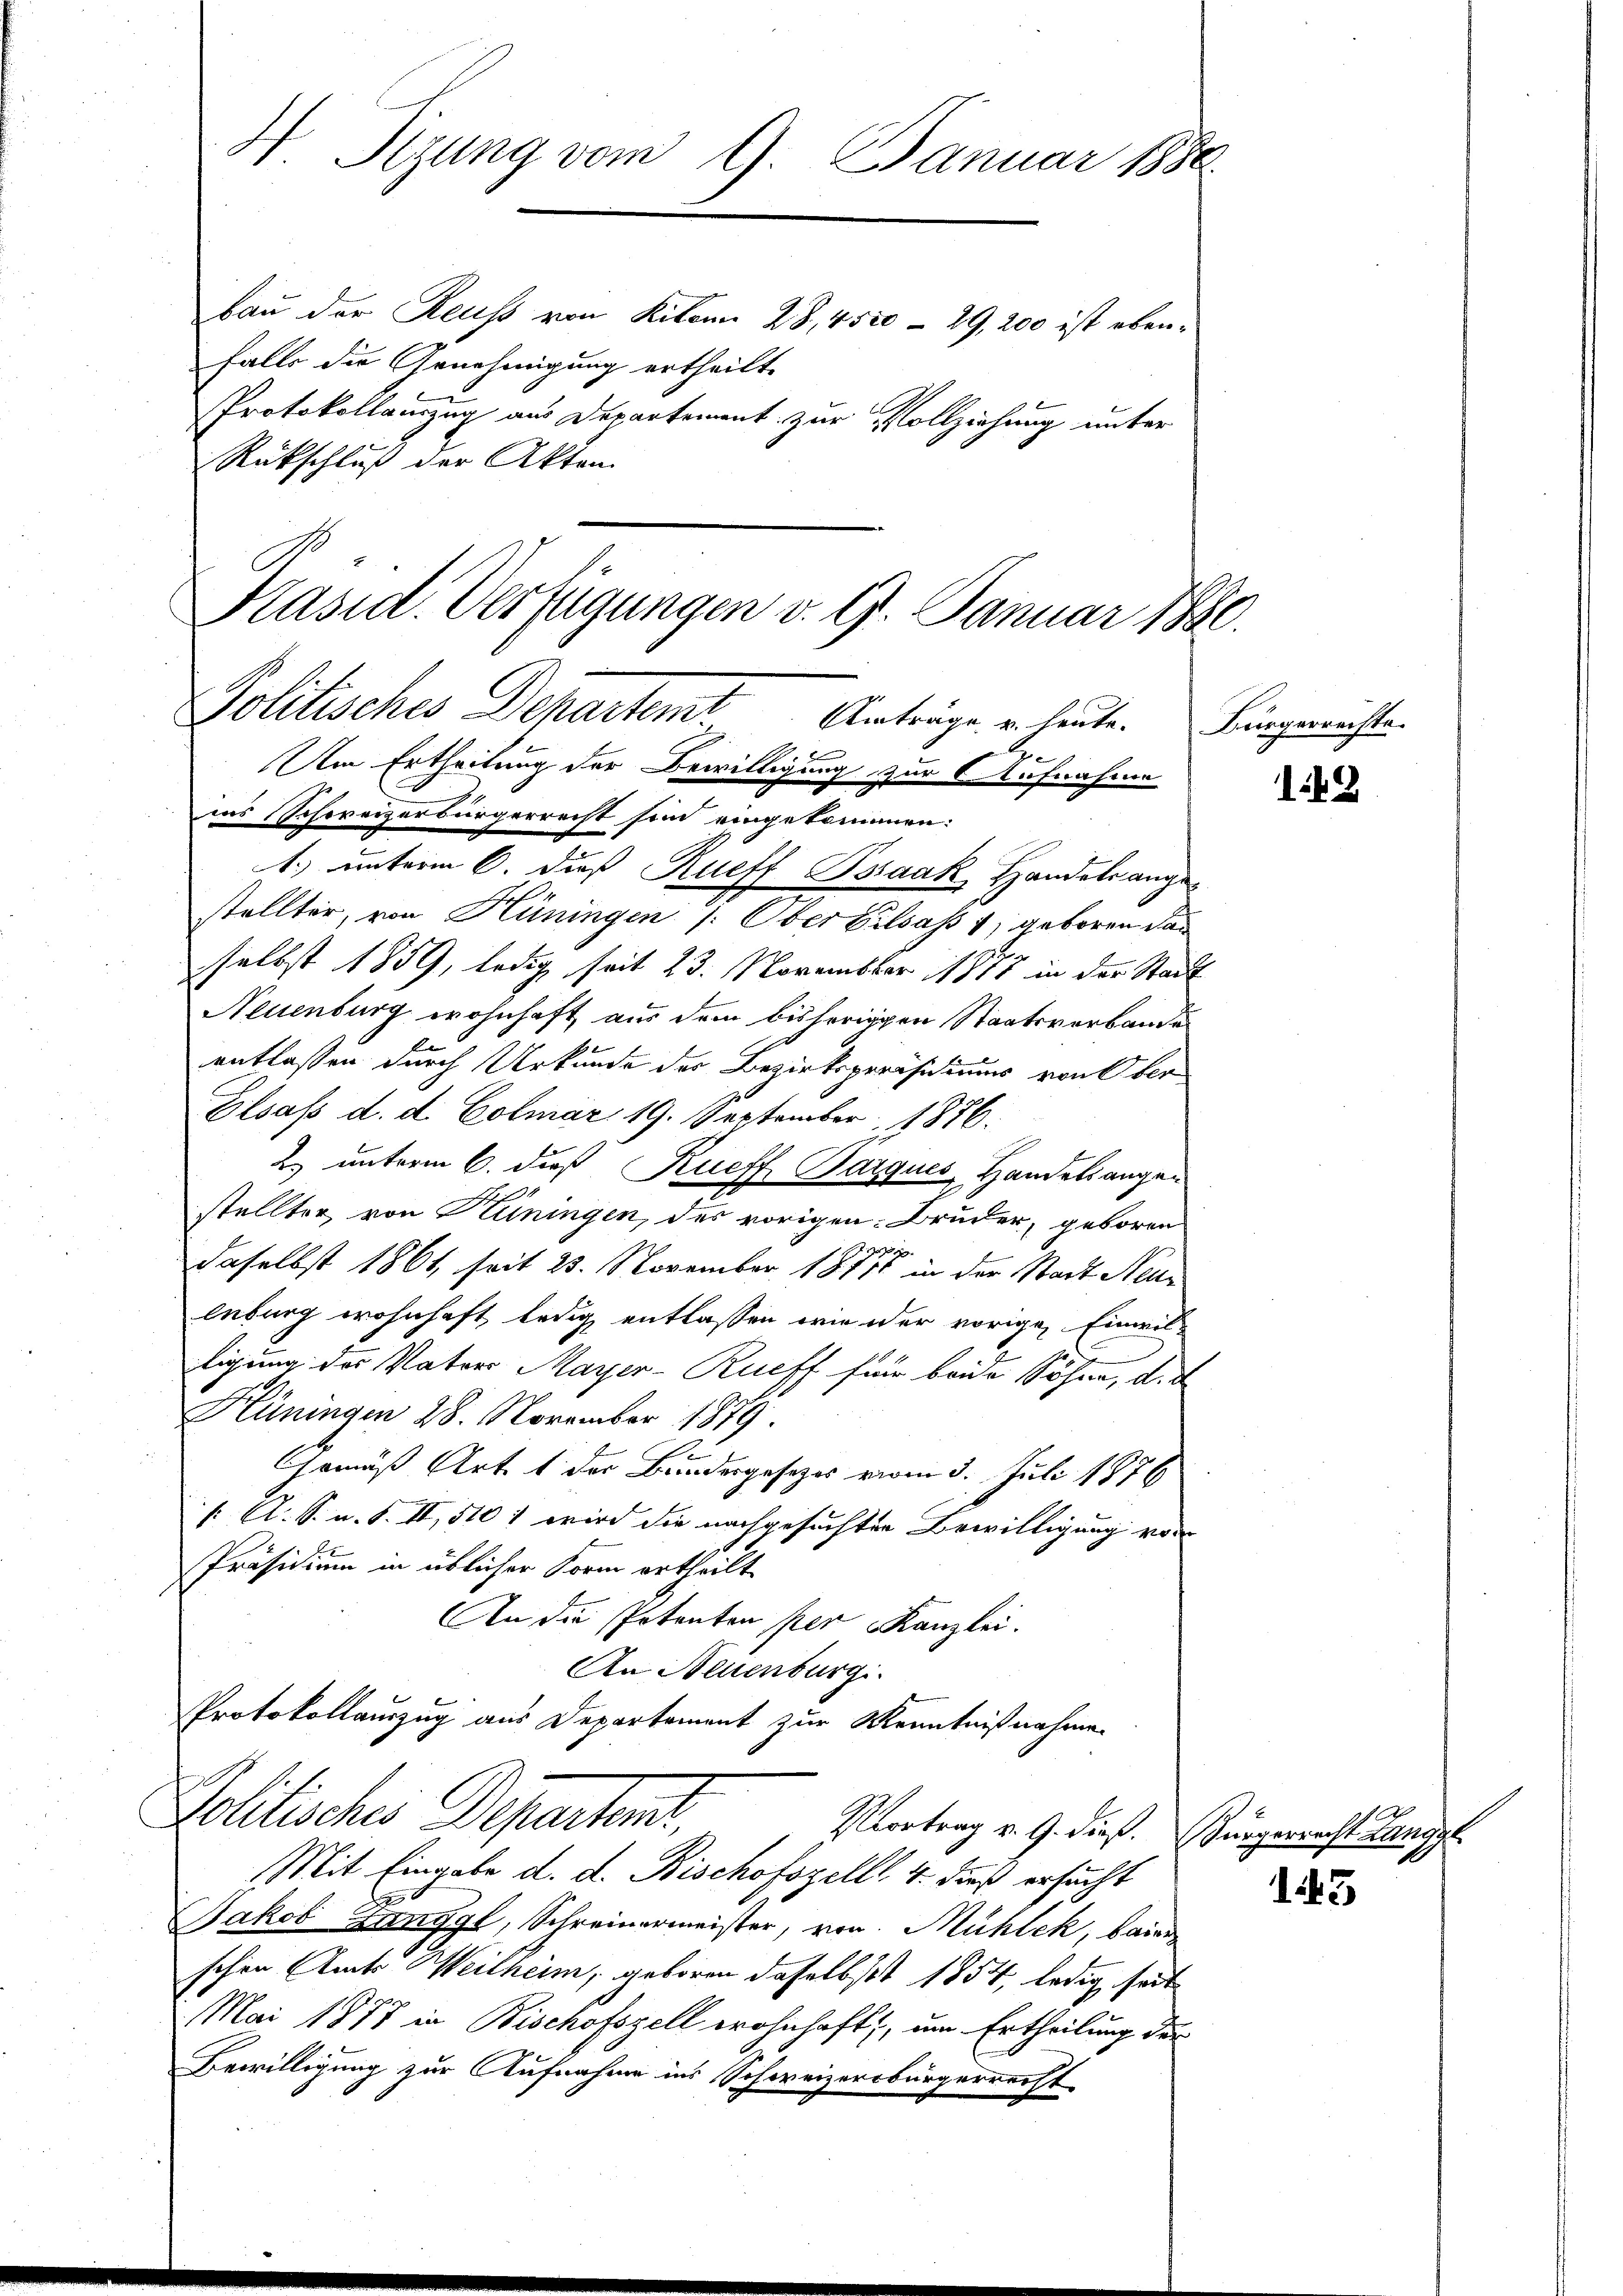
H Sizung vom 9. Januar 1880
bau der Reuss von Kilonn 28, 4520 – 29, 200 ist ebenfalls die Genehmigung ertheilt.
Protokollanzug aus Departement zur Vollziehung unter
Rückschluß der Akten
Präsid. Verfügungen v. G. Januar 1880.

Politisches Departemt. Anträge er heute.
B
Ge
Am Ertheilung der Bewilligung zur Aufnahme

ins Schweizerbürgerrecht sein eingekommen:
1.) unterm 6. dieß Rueff Pssaak Handels angestellter, von Hüningen /: Ober Elsass 1, geboren das
selbst 1859, ledig seit 23. November 1877 in der Stadt
Neuenburg wohnhaft aus dem bisherigen Staatsverbande
entlassen durch Urkunde der Bezirkspräsidiums von Ober
Elsass d. d. Colmar 19. September 1876.
2. unterm 6. dieß Kueff, Barques Handels augen
stellter, von Hüningen, des vorigen: Bruder, geboren
daselbst 1861, seit 23. November 1871 in der Stadt Neuleburg wohnhaft ledig entlassen wie der vorige Einwiltigung des Vaters Mayer-Rueff für beide Söhne, d. d
Hüningen 28. November 1879.
Gemäß Art. 1 des Bundesgesetzes vom 3. Juli 1876
( A. S. u. S. II, 510 1 wird die nachgesuchten Bewilligung von
Präsidium in üblicher Form ertheilt
An die Petenten per Kanzlei.
An Neuenburgi
Protokollauszug aus Departement zur Kenntnißnahme
Politisches Departens,
Vortrag v. 9. dieß. Bürgerrecht Langge
Mit Eingabe d. d. Bischofszelll 4. dieß ersucht
Jakob Zinggl, Schreinermeister, von Mühlek, beiden
schen Amts Weilheim, geboren daselbst 1854, ledig seit
Mai 1877 in Bischofszell wohnhaft, um Ertheilung der
Bewilligung zur Aufnahme ins Schweizerbürgerrecht

Bürgerrechte.

142

145